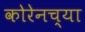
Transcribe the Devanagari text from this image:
कोरेनच्या